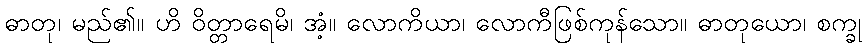
ဓာတု၊ မည်၏။ ဟိ ဝိတ္တာရေမိ၊ အံ့။ လောကိယာ၊ လောကီဖြစ်ကုန်သော။ ဓာတုယော၊ စက္ခု